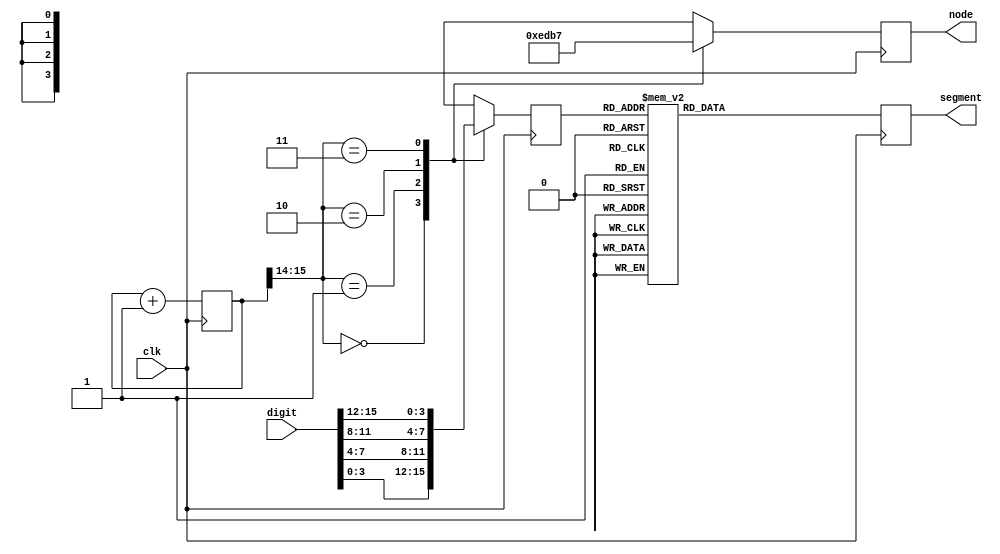
module display(
input wire        clk,
input wire [15:0] digit,//disp_num
output reg [ 3:0] node, //4 bit select
output reg [ 7:0] segment);//segment(dot)
reg [3:0]  code  =  4'b0;
reg [15:0] count = 15'b0;
always @(posedge clk) begin
    case (count[15:14])
   //divide frequence
        2'b00 : begin
            node <= 4'b1110; 
            code <= digit[3:0];
            end
        2'b01 : begin
            node <= 4'b1101;
            code <= digit[7:4];
            end
        2'b10 : begin
            node <= 4'b1011;
            code <= digit[11:8];
            end
        2'b11 : begin
            node <= 4'b0111;
            code <= digit[15:12];
            end
endcase
    case (code)
        4'b0000: segment <= 8'b11000000;
        4'b0001: segment <= 8'b11111001;
        4'b0010: segment <= 8'b10100100;
        4'b0011: segment <= 8'b10110000;
        4'b0100: segment <= 8'b10011001;
        4'b0101: segment <= 8'b10010010;
        4'b0110: segment <= 8'b10000010;
        4'b0111: segment <= 8'b11111000;
        4'b1000: segment <= 8'b10000000;
        4'b1001: segment <= 8'b10010000;
        4'b1010: segment <= 8'b10001000;
        4'b1011: segment <= 8'b10000011;
        4'b1100: segment <= 8'b11000110;
        4'b1101: segment <= 8'b10100001;
        4'b1110: segment <= 8'b10000110;
        4'b1111: segment <= 8'b10001110;
        default: segment <= 8'b00000000;
    endcase
    count <= count + 1;
end

endmodule